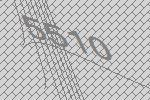
5510